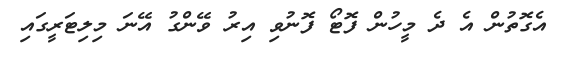
އެގޮތުން އެ ދެ މީހުން ފޮޓޯ ފޮނުވި އިރު ވޭންގު އޭނަ މިލިޓަރީގައި